Civil Veterinary Dept. Bombay admin report 1932-41 - 1932-1941
Year: 1932
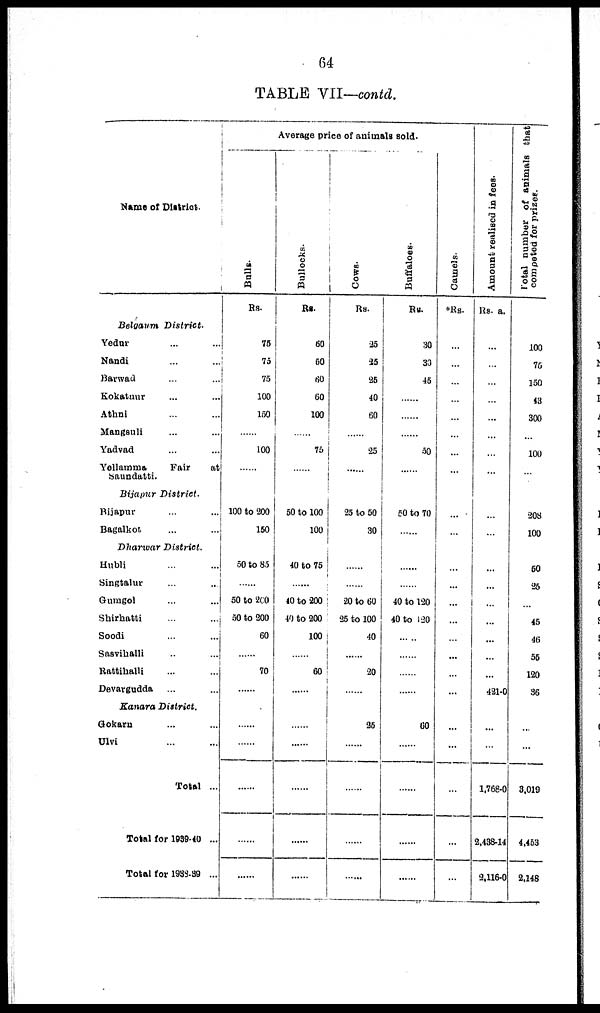
64
TABLE VII—contd.
Name of District.
Belgaum District.
Yedur ... ...
Nandi ... ...
Barwad ... ...
Kokatnur ... ...
Athni ... ...
Mangsuli ... ...
Yadvad ... ...
Yellamma
Fair
at
Saundatti.
Bijapur District.
Bijapur ... ...
Bagalkot ... ...
Dharwar District.
Hubli ... ...
Singtalur ... ...
Gumgol ... ...
Shirhatti ... ...
Soodi ... ...
Sasvihalli ... ...
Rattihalli ... ...
Devargudda ... ...
Kanara District.
Gokaru ... ...
Ulvi ... ...
Total ...
Total for 1939-40 ...
Total for 1938-39 ...
Average price of animals sold.
Bulls.
Rs.
75
75
75
100
150
......
100
......
100 to 200
150
50 to 85
......
50 to 200
50 to 200
60
......
70
......
......
......
......
......
......
Bullocks.
Rs.
60
60
60
60
100
......
75
......
50 to 100
100
40 to 75
......
40 to 200
40 to 200
100
......
60
......
......
......
......
......
......
Cows.
Rs.
25
25
25
40
60
......
25
......
25 to 50
30
......
......
20 to 60
35 to 100
40
......
20
......
25
......
......
......
......
Buffaloes.
Rs.
30
30
45
......
......
......
50
......
50 to 70
......
......
......
40 to 120
40 to 120
......
......
......
......
60
......
......
......
......
Camels.
*Rs.
...
...
...
...
...
...
...
...
...
...
...
...
...
...
...
...
...
...
...
...
...
...
...
Amount realised in fees.
Rs. a.
...
...
...
...
...
...
...
...
...
...
...
...
...
...
...
...
...
421-0
...
...
1,768-0
2,438-14
2,116-0
Total number of animals that
competed for prizes.
100
75
150
43
300
...
100
...
208
100
50
25
...
45
46
55
120
36
...
...
3,019
4,453
2,148